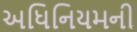
અધિનિયમની